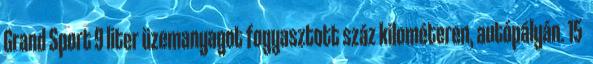
Grand Sport 9 liter üzemanyagot fogyasztott száz kilométeren, autópályán. 15